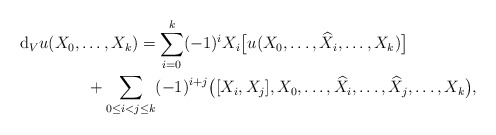
\begin{gather*}\mathrm{d} _V u ( X _0 , \ldots, X _k ) = \sum _{ i = 0 } ^k ( - 1 ) ^i X _i \bigl[ u ( X _0 , \ldots, \widehat{ X } _i , \ldots, X _k ) \bigr] \\\hphantom{\mathrm{d} _V u ( X _0 , \ldots, X _k ) =}{} + \sum _{ 0 \leq i < j \leq k } ( - 1 ) ^{ i + j } \big( [X _i , X _j ], X _0 , \ldots, \widehat{ X } _i , \ldots, \widehat{ X } _j , \ldots, X _k \big) , \end{gather*}